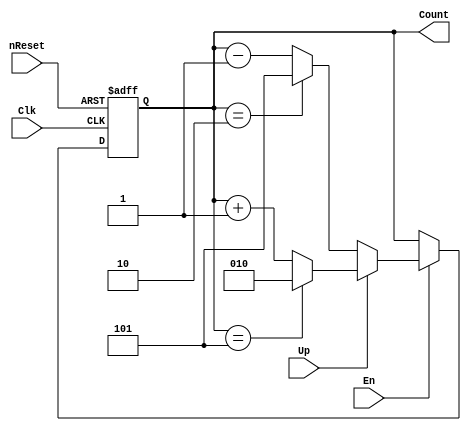
module BlueEyesWhiteDragon(Clk, Up, nReset, En, Count);

	input wire Clk, nReset, En, Up;
	output reg[2:0]Count;

	always@(negedge Clk, negedge nReset)

		begin
			if(!nReset)
				Count <= 3'b010;
			else
				begin
					if(!En)
						begin
							Count <= Count;
						end
					else
						begin
							if(Up == 1'b1)
								begin
									Count <= Count + 3'b001;
									if(Count == 3'b101)
										Count <= 3'b010;
								end
							else
								begin
									Count <= Count - 3'b001;
									if(Count == 3'b010)
										Count <= 3'b101;
								end
						end
					
				end	

		end

endmodule